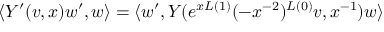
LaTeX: \langle Y ^ { \prime } ( v , x ) w ^ { \prime } , w \rangle = \langle w ^ { \prime } , Y ( e ^ { x L ( 1 ) } ( - x ^ { - 2 } ) ^ { L ( 0 ) } v , x ^ { - 1 } ) w \rangle